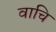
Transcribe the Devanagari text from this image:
वाचि